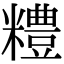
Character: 𥽈